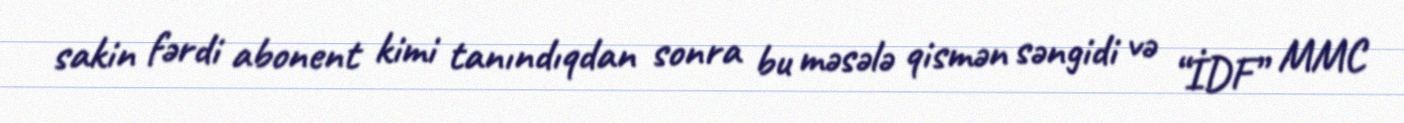
sakin fərdi abonent kimi tanındıqdan sonra bu məsələ qismən səngidi və “İDF” MMC